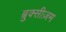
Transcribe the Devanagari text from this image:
ब्रुक्सीज़म